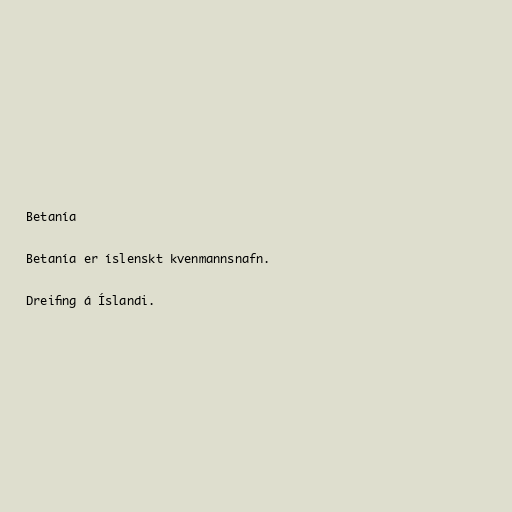
Betanía

Betanía er íslenskt kvenmannsnafn.

Dreifing á Íslandi.